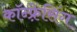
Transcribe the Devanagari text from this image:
कॉन्फ़्रेंसिंग